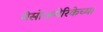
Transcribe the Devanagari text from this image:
मेसोअमेरिकेच्या